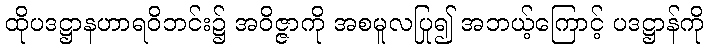
ထိုပဒဋ္ဌာနဟာရဝိဘင်း၌ အဝိဇ္ဇာကို အစမူလပြု၍ အဘယ့်ကြောင့် ပဒဋ္ဌာန်ကို